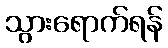
သွားရောက်ရန်